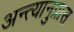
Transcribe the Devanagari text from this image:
अन्त्यानुप्रास